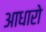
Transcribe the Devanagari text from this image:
आधारो